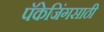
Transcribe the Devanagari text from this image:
पॅकेजिंगसाठी